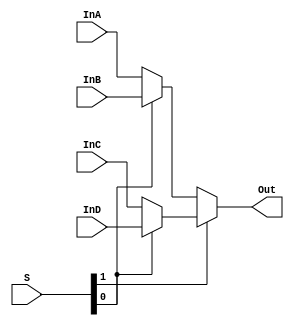
module mux4to1_2(InA, InB, InC, InD, S, Out);
	input  [1:0] InA, InB, InC, InD;
	input  [1:0]  S;
	output [1:0] Out;
	
	wire [1:0] mux0_out, mux1_out;

    assign mux0_out = (S[0]) ? InB : InA;
    assign mux1_out = (S[0]) ? InD : InC;
	assign Out = (S[1]) ? mux1_out : mux0_out;

endmodule